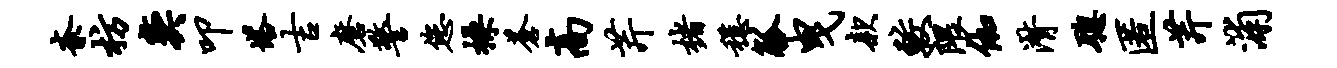
紊枋奕叩塔吉磨警您操苍高芹楮稳觚曳款较隈伽潸聪匿芹浦